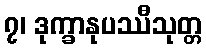
၇၊ ဒုက္ခာနုပဿီသုတ္တ